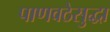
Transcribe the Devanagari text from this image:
पाणवठेसुद्धा